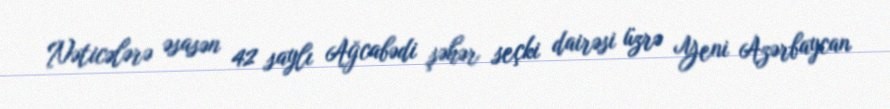
Nəticələrə əsasən 42 saylı Ağcabədi şəhər seçki dairəsi üzrə Yeni Azərbaycan